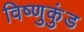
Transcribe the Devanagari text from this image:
विष्णुकुंड